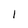
Character: I